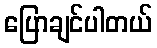
ပြောချင်ပါတယ်